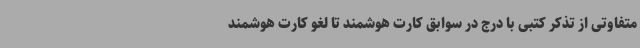
متفاوتی از تذکر کتبی با درج در سوابق کارت هوشمند تا لغو کارت هوشمند